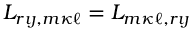
L _ { r { \imath \jmath } , m { \kappa \ell } } = L _ { m { \kappa \ell } , r { \imath \jmath } }